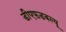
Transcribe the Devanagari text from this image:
डीएफडबल्‍यू